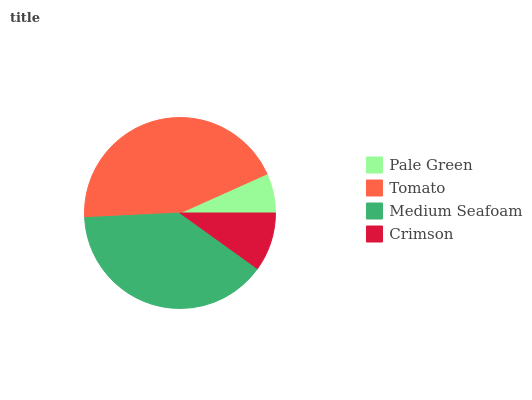
| Pale Green | Tomato | Medium Seafoam | Crimson |
 | --- | --- | --- | --- |
 | 6.71% | 44.1% | 39.3% | 9.91% |